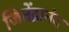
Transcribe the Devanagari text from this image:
जितेंद्रानंद